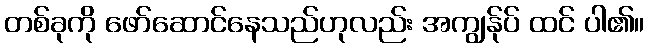
တစ်ခုကို ဖော်ဆောင်နေသည်ဟုလည်း အကျွန်ုပ် ထင် ပါ၏။